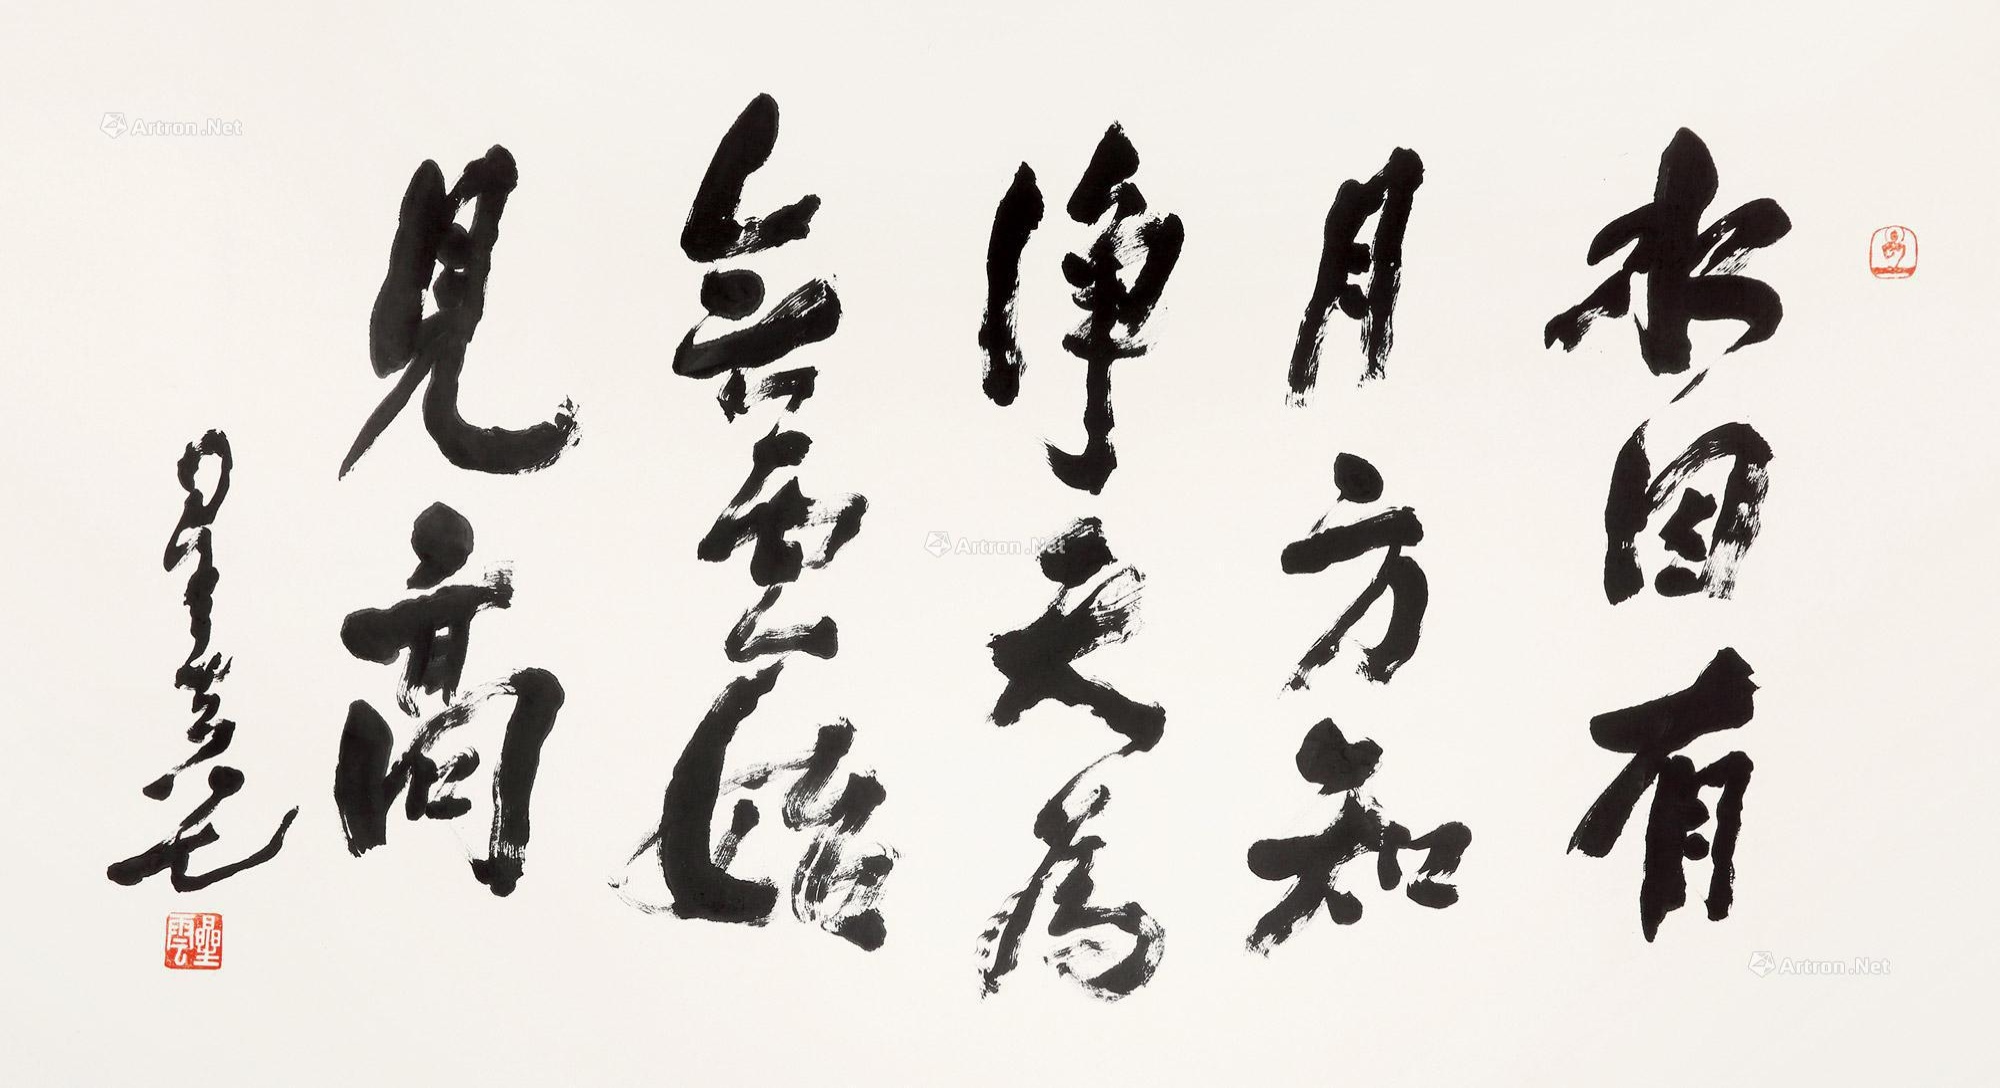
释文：水因有月方知静，天为无云始觉高。星云八七。